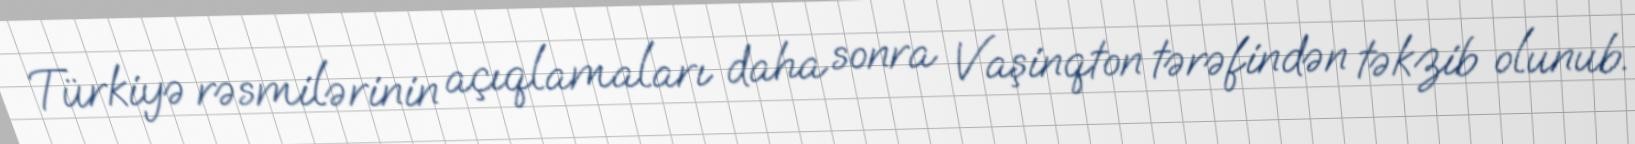
Türkiyə rəsmilərinin açıqlamaları daha sonra Vaşinqton tərəfindən təkzib olunub.